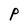
Character: P